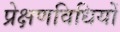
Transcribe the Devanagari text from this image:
प्रेक्षणविधियों